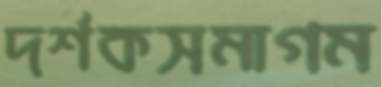
দর্শকসমাগম